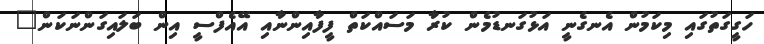
ހަގީގަތުގައި މިކަމުން އެނގެނީ އަޅުގަނޑުމެން ކުރާ މަސައްކަތް ފީފާއިންނާއި އޭއެފްސީ އިން ބަލައިގަންނަކަން"